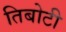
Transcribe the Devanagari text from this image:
तिबोटी